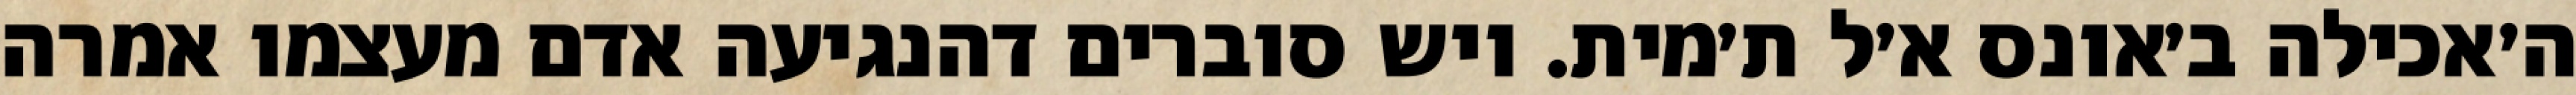
ה׳אכילה ב׳אונס א׳ל ת׳מית. ויש סוברים דהנגיעה אדם מעצמו אמרה